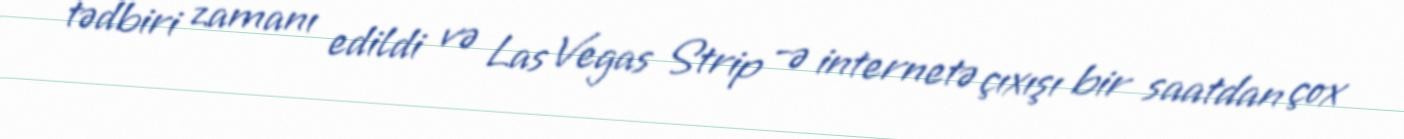
tədbiri zamanı edildi və Las Vegas Strip -ə internetə çıxışı bir saatdan çox